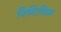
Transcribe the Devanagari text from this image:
निक्टिसिबस